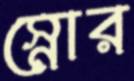
স্নোর